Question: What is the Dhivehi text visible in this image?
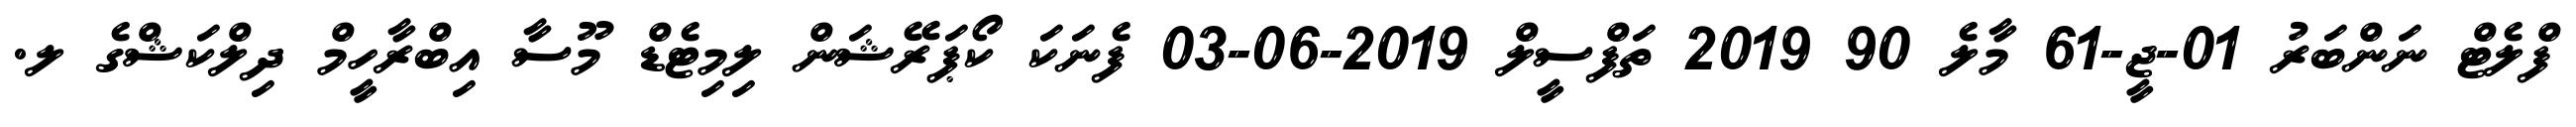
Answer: ފްލެޓް ނަންބަރު 01-ޖީ-61 މާލެ 90 2019 ތަފްސީލް 2019-06-03 ފެނަކަ ކޯޕަރޭޝަން ލިމިޓެޑް މޫސާ އިބްރާހީމް ދިލްކަޝްގެ ލ.